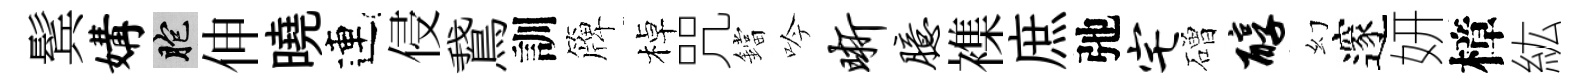
鬂媾胞伸曉連侵鵞訓簰棹咒鐺吟晰臆襍庶弛宅磳醇幻邃妍樟紘